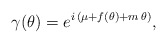
\begin{align*}\gamma ( \theta ) = e^{ i \, ( \mu + f(\theta) + m \, \theta ) },\end{align*}